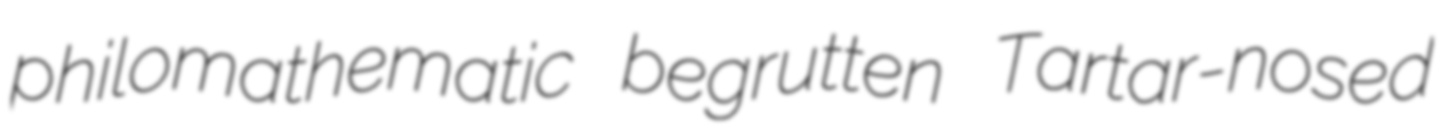
philomathematic begrutten Tartar-nosed